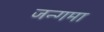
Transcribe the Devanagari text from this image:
जन्गमा